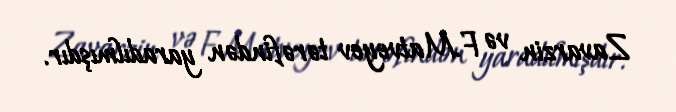
Zavarzin və F.Matveyev tərəfindən yaradılmışdır.